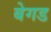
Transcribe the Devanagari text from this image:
बेगड